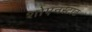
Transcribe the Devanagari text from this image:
शोएनस्टाट